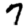
Digit: 7